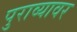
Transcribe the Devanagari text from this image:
पुराव्यावर